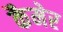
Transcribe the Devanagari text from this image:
कैमेर